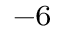
{ } ^ { - 6 }